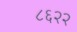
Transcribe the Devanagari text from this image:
८६२२